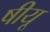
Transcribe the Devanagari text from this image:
षीयू